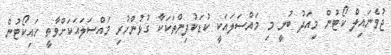
ޖުވެނައިލް ކޯޓުން މިއަދު ބުނީ މި މައްސަލައަކީ ކުޑަކުދިންތަކަކާ ގުޅުންހުރި މައްސަލައަކަށްވާތީ ހައިކޯޓުން